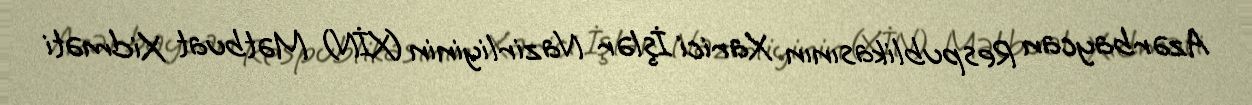
Azərbaycan Respublikasının Xarici İşlər Nazirliyinin (XİN) Mətbuat Xidməti